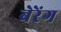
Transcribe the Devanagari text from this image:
बेरेंग